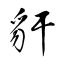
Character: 豻